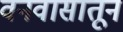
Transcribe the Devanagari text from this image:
वनवासातून